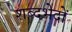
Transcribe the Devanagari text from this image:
शब्दभेदों